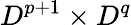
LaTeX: D^{p+1}\times D^{q}